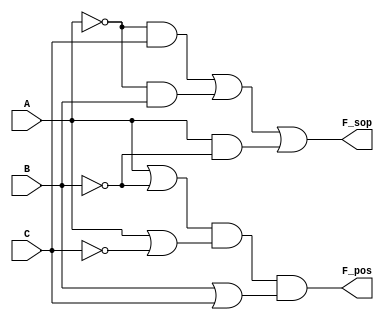
module combinational_logic (
    input wire A,
    input wire B,
    input wire C,
    output wire F_sop,  // Output for SOP form
    output wire F_pos   // Output for POS form
);

// Sum of Products (SOP) implementation
assign F_sop = (~A & C) | (~A & B) | (A & ~B);

// Product of Sums (POS) implementation
assign F_pos = (A | ~B) & (A | ~C) & (B | C);

endmodule